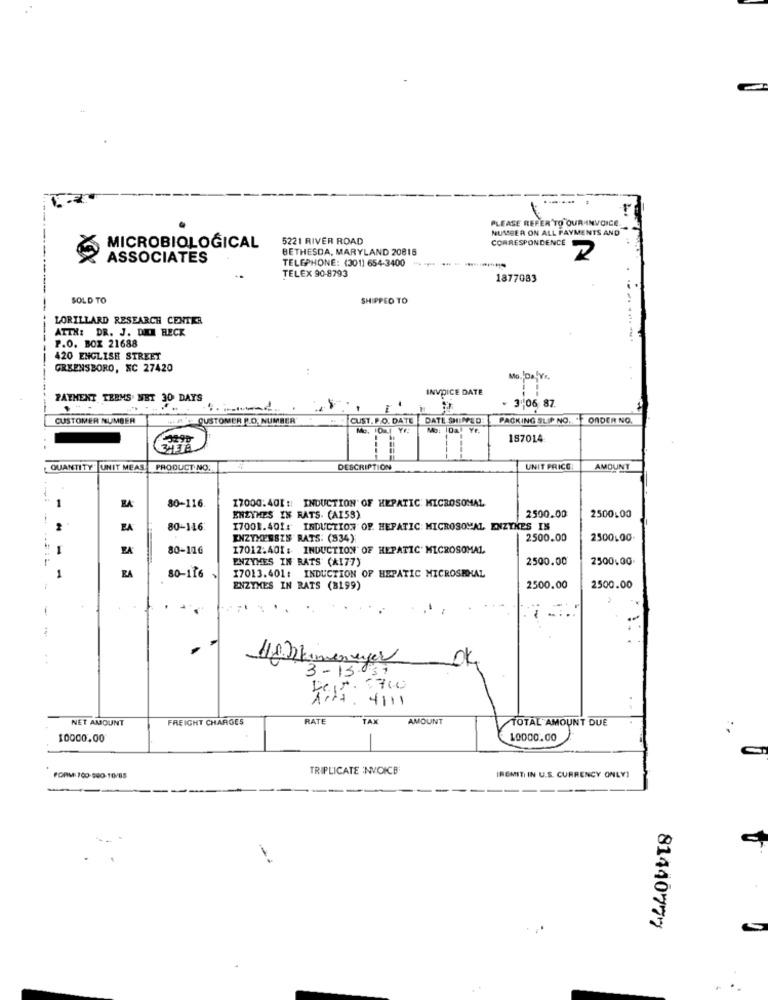
-
.......
NUMBER ON ALL PAYMENTS AND
PLEASE REFER TO OUR INVOICE
5221 RIVER ROAD
CORRESPONDENCE
MICROBIOLOGICAL
BETHESDA, MARYLAND 20816
ASSOCIATES
TELEPHONE: (301) 654-3400 · ·· · · ·**********
TELEX 90-8793
1877083
SOLD TO
SHIPPED TO
LORILLARD RESEARCH CENTER
ATTN: DR. J. DIE RECK
P.O. BOX 21688
. .........
420 ENGLISH STREET
GREENSBORO, SC 27420
Mo.IDa IYr.
INVOICE DATE
PAYMENT TERMS NET 30 DAYS
· 31.06 87.
CUSTOMER NUMBER
CUSTOMER LO. NUMBER
CUST. P.O. DATE DATE SHINED
PACKING SLIP NO. . ORDER NO.
187014
3431
QUANTITY" UNIT MEAS
PRODUCT
DESCRIPTION
UNIT PRICE
AMOUNT
80-116.
17000.401 :: INDUCTION OF HEPATIC: MICROSOMAL
2500.00
ENZYMES IN RATS. (AI5S)
2500.00
EA
80-116:
17001.401: INDUCTION OF. HEPATIC MICROSOMAL ENZYKES IN
ENZYMESSZS RATS: (834)
2500.00
2500.00.
EA
80-116
17012.401 : INDUCTION' OF HEPATIC' MICROSOMAL
ENZYMES IN RATS (AI77)
2500.00
2500,00
ZA
80-116
17013.401: INDUCTION OF HEPATIC MICROSRHAL
ENZYMES IN RATS (8199)
2500.00
2500.00
. .
H/f )kimeneger
3-13.31
4111
NET AMOUNT
FREIGHT CHARGES
RATE
TAX
AMOUNT
TOTAL AMOUNT DUE
10000.00
10000.00
TRIPLICATE INVOICE
FORM: 700-500-10/85
IREMITI IN U.S. CURRENCY ONLY)
81440777